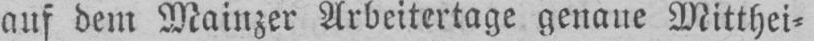
auf dem Mainzer Arbeitertage genaue Mitthei⸗